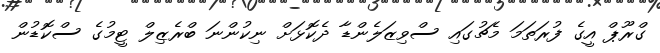
ގްރޫޕް އީގެ ފުރަތަމަ މެޗުގައި ސްވިޒަލެންޑާ ދެކޮޅަށް ނިކުންނަ ބްރެޒިލް ޓީމުގެ ސްކޮޑުން